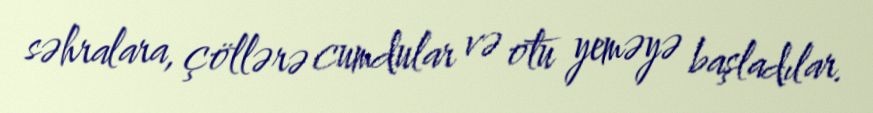
səhralara, çöllərə cumdular və otu yeməyə başladılar.